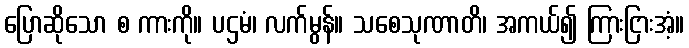
ပြောဆိုသော စ ကားကို။ ပဌမံ၊ လက်မွန်။ သစေသုဏာတိ၊ အကယ်၍ ကြားငြားအံ့။